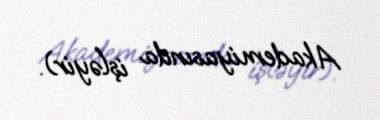
Akademiyasında işləyir).